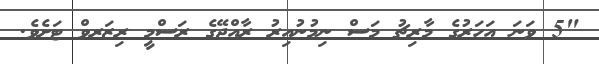
"5 ވަނަ އަހަރުގެ މާރިޗު މަސް ނިމުނުއިރު ރާއްޖޭގެ ރަސްމީ ރިޒަރވް ޓަށެވެ.